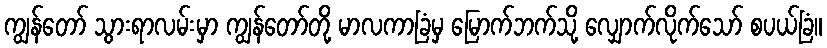
ကျွန်တော် သွားရာလမ်းမှာ ကျွန်တော်တို့ မာလကာခြံမှ မြောက်ဘက်သို့ လျှောက်လိုက်သော် စပယ်ခြံ။